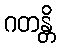
ဂတန္တိ